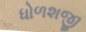
ધોળશજી